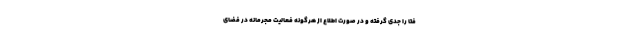
فتا را جدی گرفته و در صورت اطلاع از هرگونه فعالیت مجرمانه در فضای